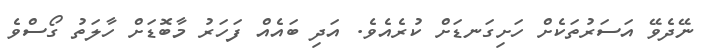
ނޭދެވޭ އަސަރުތަކެށް ހަށިގަނޑަށް ކުރެއެވެ. އަދި ބައެއް ފަހަރު މާބޮޑަށް ހާލަތު ގޯސްވެ